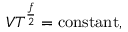
V T ^ { \frac { f } { 2 } } = { \mathrm { c o n s t a n t } } ,